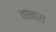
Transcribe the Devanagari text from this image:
वानस